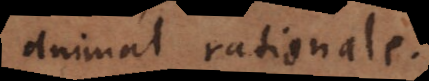
animal rationale.